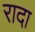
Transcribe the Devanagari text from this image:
रादा